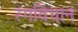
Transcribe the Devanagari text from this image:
रंगविधान